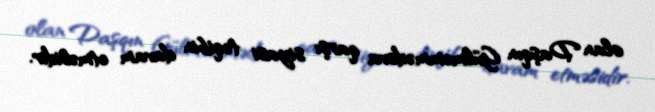
olan Daşqın Gülməmmədova qarşı siyasi təqibin davam etməsidir.